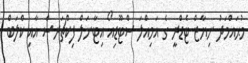
މުޙައްމަދު ނިޔާޒް ޓެޑްރީ ގެ އަމިއްލަ ސްޓޫޑިއޯ އިޓާނަލް ފިކްޗަރސް އާއި ކްލަބް